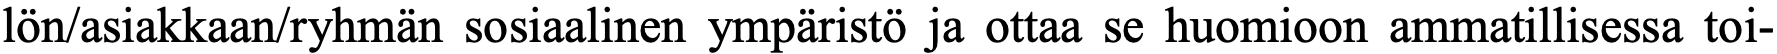
lön/asiakkaan/ryhmän sosiaalinen ympäristö ja ottaa se huomioon ammatillisessa toi-